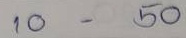
10 - 50